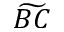
\widetilde { B C }